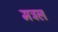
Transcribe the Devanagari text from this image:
मत्रल